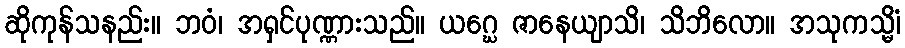
ဆိုကုန်သနည်း။ ဘဝံ၊ အရှင်ပုဏ္ဏားသည်။ ယဂ္ဃေ ဇာနေယျာသိ၊ သိဘိလော။ အသုကသ္မိံ၊